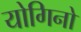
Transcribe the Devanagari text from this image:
योगिनो